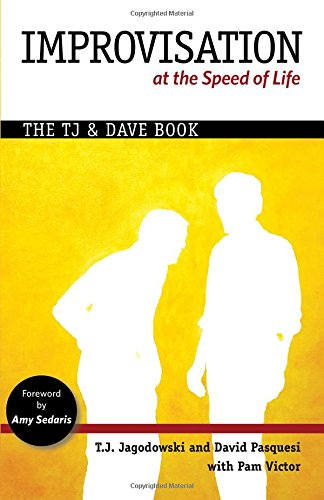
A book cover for Improvisation at the Speed of Life: The TJ and Dave Book; T.J. Jagodowski; Humor & Entertainment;